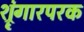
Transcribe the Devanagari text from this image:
श्रृंगारपरक